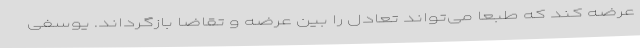
عرضه کند که طبعا می‌تواند تعادل را بین عرضه و تقاضا بازگرداند. یوسفی